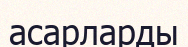
асарларды